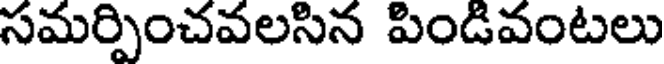
సమర్పించవలసిన పిండివంటలు